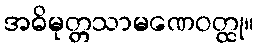
အဓိမုတ္တသာမဏေဝတ္ထု။